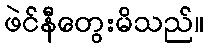
ဖဲင်နီတွေးမိသည်။